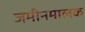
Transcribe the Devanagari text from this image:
जमीनमालक